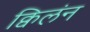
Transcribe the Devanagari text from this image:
क्विलंन